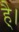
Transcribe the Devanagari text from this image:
है्।